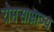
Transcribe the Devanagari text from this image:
रोमसाम्राज्य